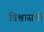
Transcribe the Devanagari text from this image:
विश्वासची